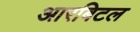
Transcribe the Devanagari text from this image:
आरबिटल